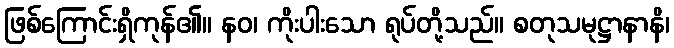
ဖြစ်ကြောင်းရှိကုန်၏။ နဝ၊ ကိုးပါးသော ရုပ်တို့သည်။ စတုသမုဋ္ဌာနာနိ၊